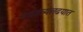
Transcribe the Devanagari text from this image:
स्वातंत्र्यलढयात